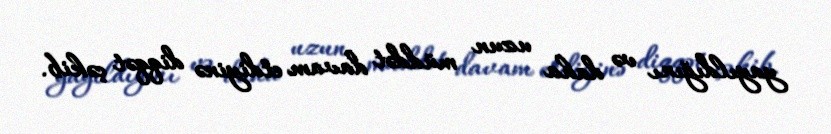
yayıldığını və daha uzun müddət davam etdiyinə diqqət çəkib.